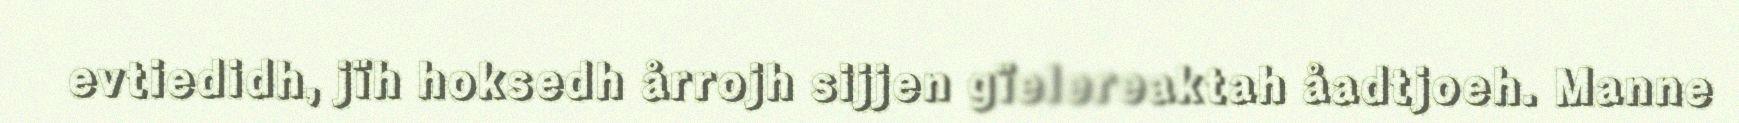
evtiedidh, jïh hoksedh årrojh sijjen gïelereaktah åadtjoeh. Manne